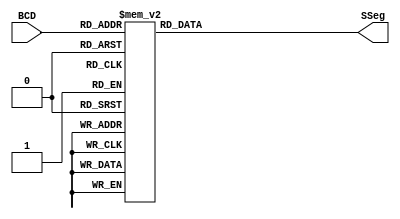
module BCDtoSSeg (BCD, SSeg);

  input [3:0] BCD;
  output reg [0:6] SSeg;
  

  

  reg [3:0]bcd_int  = 4'b0000;

always @ ( * ) begin
  case (BCD)

                     // abcdefg
     4'b0000: SSeg = 7'b0000001; // "0"  
	 4'b0001: SSeg = 7'b1001111; // "1" 
	 4'b0010: SSeg = 7'b0010010; // "2" 
	 4'b0011: SSeg = 7'b0000110; // "3" 
	 4'b0100: SSeg = 7'b1001100; // "4" 
	 4'b0101: SSeg = 7'b0100100; // "5" 
	 4'b0110: SSeg = 7'b0100000; // "6" 
	 4'b0111: SSeg = 7'b0001111; // "7" 
	 4'b1000: SSeg = 7'b0000000; // "8"  
	 4'b1001: SSeg = 7'b0000100; // "9" 
		4'ha: SSeg = 7'b0001000; // "A"
		4'hb: SSeg = 7'b1100000; // "b"
		4'hc: SSeg = 7'b0110001; // "C"
		4'hd: SSeg = 7'b1000010; // "d"
		4'he: SSeg = 7'b0110000; // "E"
		4'hf: SSeg = 7'b0111000; // "F"
    default:
    SSeg = 7'b1111110;
  endcase
end

endmodule